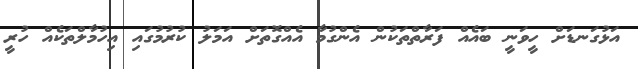
އަޅުގަނޑަށް ހީވަނީ ބައެއް ފަރާތްތަކުން އެންގުމާ އެއްގޮތަށް އަމަލު ކުރުމުގައި އިހުމާލްތަކެއް ހުރީ